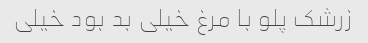
زرشک پلو با مرغ خیلی بد بود خیلی